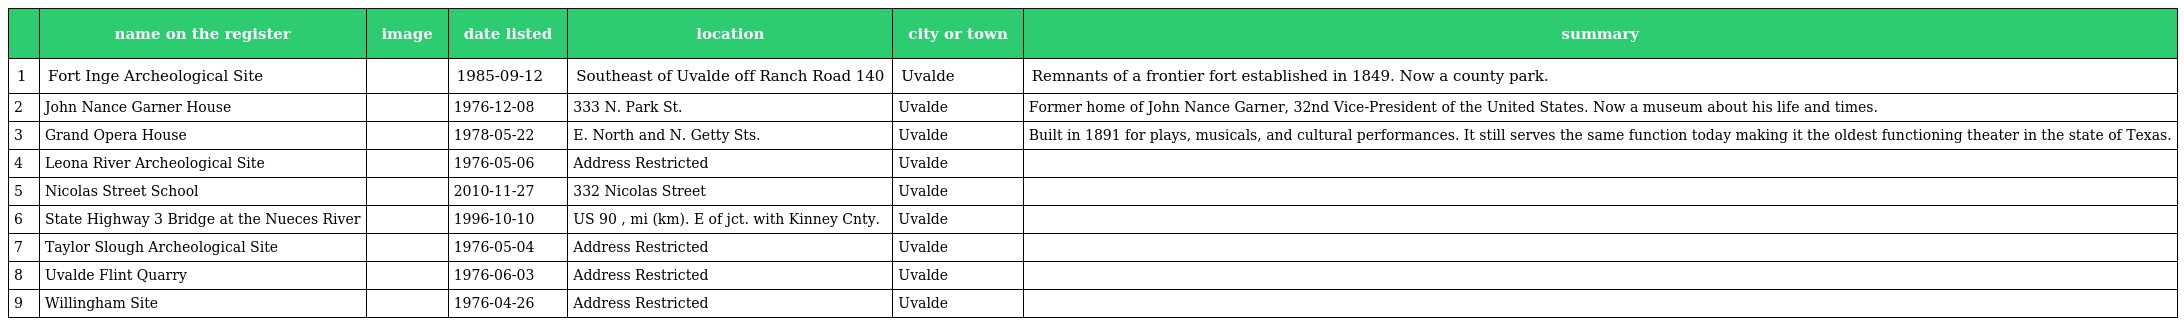
|  | name on the register | image | date listed | location | city or town | summary |
 | --- | --- | --- | --- | --- | --- | --- |
 | 1 | Fort Inge Archeological Site |  | 1985-09-12 | Southeast of Uvalde off Ranch Road 140 | Uvalde | Remnants of a frontier fort established in 1849. Now a county park. |
 | 2 | John Nance Garner House |  | 1976-12-08 | 333 N. Park St. | Uvalde | Former home of John Nance Garner, 32nd Vice-President of the United States. Now a museum about his life and times. |
 | 3 | Grand Opera House |  | 1978-05-22 | E. North and N. Getty Sts. | Uvalde | Built in 1891 for plays, musicals, and cultural performances. It still serves the same function today making it the oldest functioning theater in the state of Texas. |
 | 4 | Leona River Archeological Site |  | 1976-05-06 | Address Restricted | Uvalde |  |
 | 5 | Nicolas Street School |  | 2010-11-27 | 332 Nicolas Street | Uvalde |  |
 | 6 | State Highway 3 Bridge at the Nueces River |  | 1996-10-10 | US 90 , mi (km). E of jct. with Kinney Cnty. | Uvalde |  |
 | 7 | Taylor Slough Archeological Site |  | 1976-05-04 | Address Restricted | Uvalde |  |
 | 8 | Uvalde Flint Quarry |  | 1976-06-03 | Address Restricted | Uvalde |  |
 | 9 | Willingham Site |  | 1976-04-26 | Address Restricted | Uvalde |  |